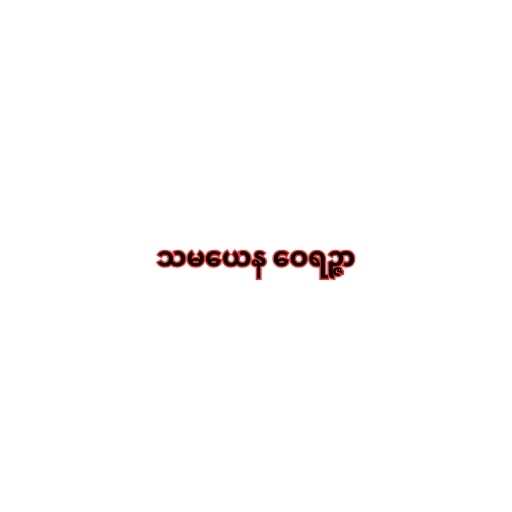
သမယေန ဝေရဉ္ဇာ